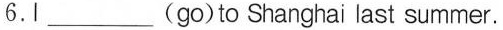
6.I________(go)to Shanghai last summer.